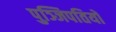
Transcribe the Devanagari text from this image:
पुञ्जिपतियों